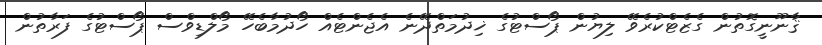
ޤާނޫނީގޮތުން ގެޒެޓްކުރެވޭ ލިޔުން ޕޯސްޓުގެ ޚިދުމަތްދޭނެ އެޖެންޓެއް ހޯދުމާބެހޭ މޯލްޑިވްސް ޕޯސްޓުގެ ފަރާތުން